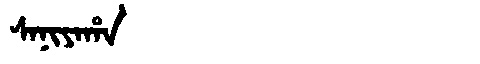
Manchu: ᠰᠠᠨᡳᠶᠠᡥᠠ
Romanization: SANIYAHA